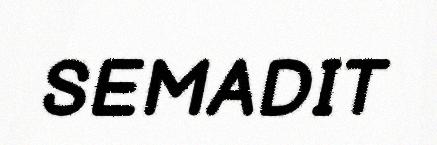
SEMADIT